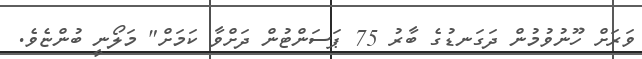
ވަރަށް ހޫނުވުމުން ދަގަނޑުގެ ބާރު 75 ޕަސަންޓުން ދަށްވާ ކަމަށް" މަލޯނީ ބުންޏެވެ.